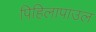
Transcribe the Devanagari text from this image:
पिहिलापाउल